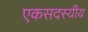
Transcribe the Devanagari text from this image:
एकसदस्यीय